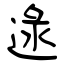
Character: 逯